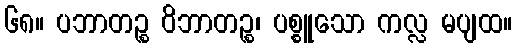
၆၈။ ပဘာတဉ္စ ဝိဘာတဉ္စ၊ ပစ္စူသော ကလ္လ မပျထ။